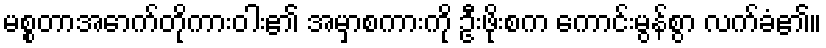
မစ္စတာအောက်တိုကားဝါး၏ အမှာစကားကို ဦးဖိုးစက ကောင်းမွန်စွာ လက်ခံ၏။